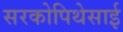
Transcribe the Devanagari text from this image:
सरकोपिथेसाई